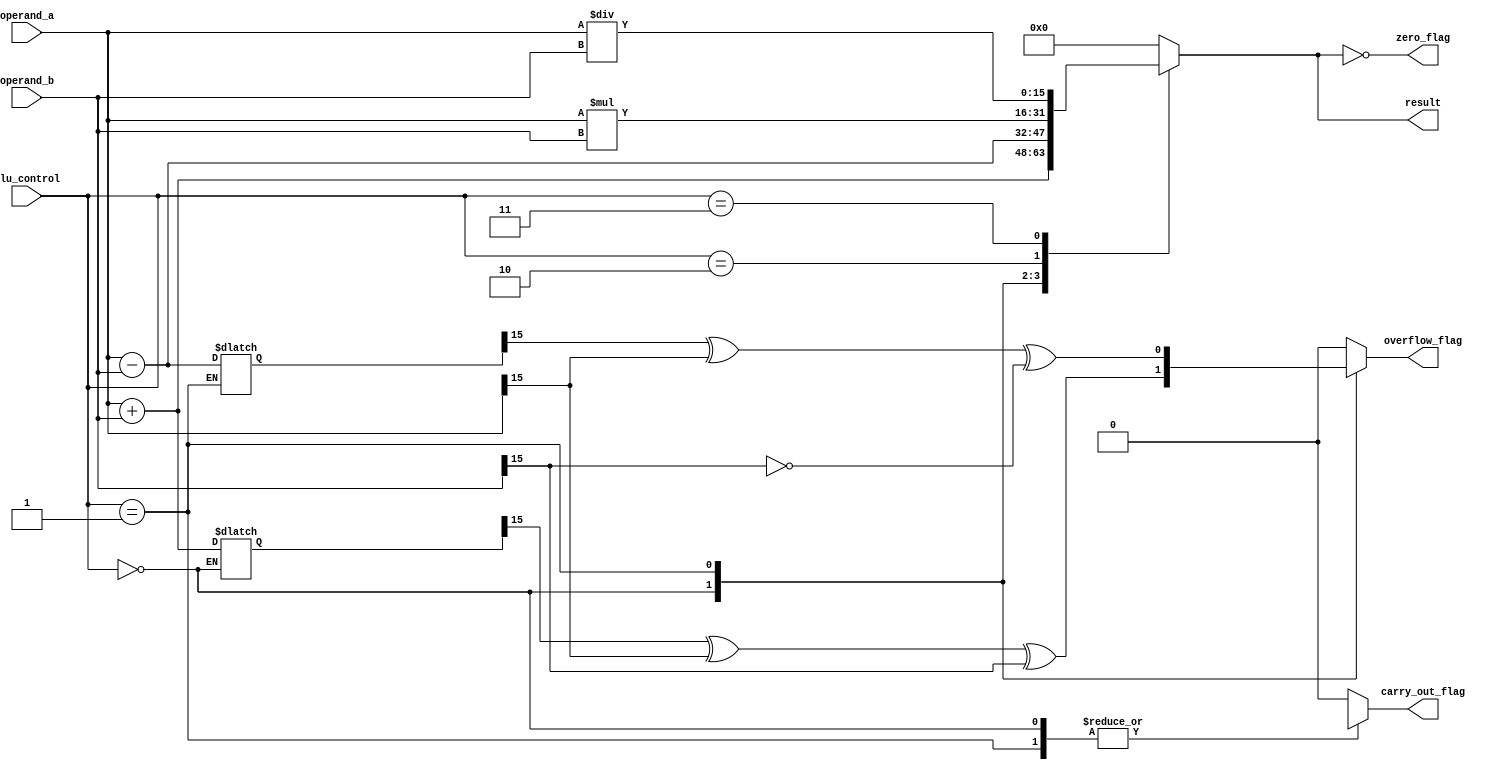
module alu_16bit (
    input [15:0] operand_a,
    input [15:0] operand_b,
    input [2:0] alu_control,
    output reg [15:0] result,
    output reg zero_flag,
    output reg overflow_flag,
    output reg carry_out_flag
);

reg [15:0] add_result, sub_result, mul_result, div_result;

always @(*) begin
    case (alu_control)
        3'b000: begin // Addition
            add_result = operand_a + operand_b;
            result = add_result;
        end
        3'b001: begin // Subtraction
            sub_result = operand_a - operand_b;
            result = sub_result;
        end
        3'b010: begin // Multiplication
            mul_result = operand_a * operand_b;
            result = mul_result;
        end
        3'b011: begin // Division
            div_result = operand_a / operand_b;
            result = div_result;
        end
        default: result = 16'h0000;
    endcase
end

// Zero flag
assign zero_flag = (result == 16'h0000);

// Overflow flag
always @(*) begin
    case (alu_control)
        3'b000: overflow_flag = (add_result[15] ^ operand_a[15] ^ operand_b[15]);
        3'b001: overflow_flag = (sub_result[15] ^ operand_a[15] ^ ~operand_b[15]);
        3'b010: overflow_flag = (mul_result != mul_result[15:0]);
        3'b011: overflow_flag = 0;
        default: overflow_flag = 0;
    endcase
end

// Carry out flag
always @(*) begin
    case (alu_control)
        3'b000: carry_out_flag = (add_result[16]);
        3'b001: carry_out_flag = (sub_result[16]);
        3'b010: carry_out_flag = 0;
        3'b011: carry_out_flag = 0;
        default: carry_out_flag = 0;
    endcase
end

endmodule